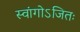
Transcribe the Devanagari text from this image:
स्वांगोऽजितः